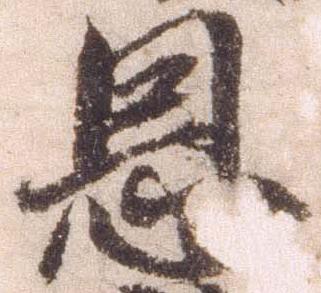
恩